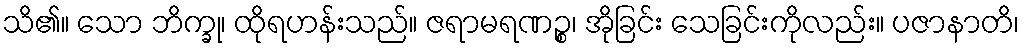
သိ၏။ သော ဘိက္ခု၊ ထိုရဟန်းသည်။ ဇရာမရဏဉ္စ၊ အိုခြင်း သေခြင်းကိုလည်း။ ပဇာနာတိ၊